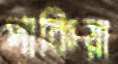
পাকিয়া